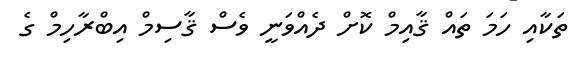
ތަކާއި ހަމަ ތައް ޤާއިމް ކޮށް ދެއްވަނީ ވެސް ޤާސިމް އިބްރާހިމް ގެ